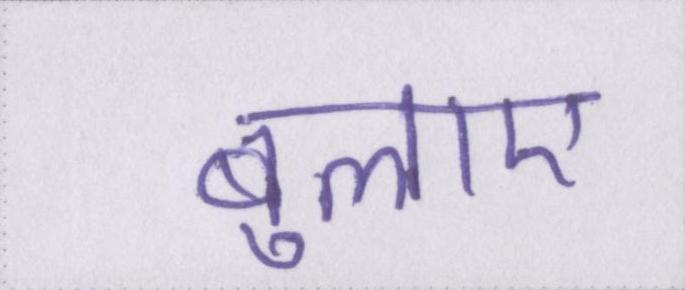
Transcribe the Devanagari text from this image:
बुलाए